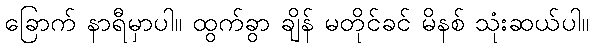
ခြောက် နာရီမှာပါ။ ထွက်ခွာ ချိန် မတိုင်ခင် မိနစ် သုံးဆယ်ပါ။